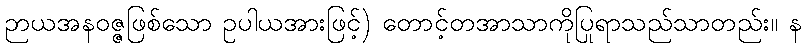
ဉာယအနဝဇ္ဇဖြစ်သော ဥပါယအားဖြင့်) တောင့်တအာသာကိုပြုရာသည်သာတည်း။ န